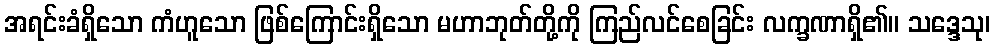
အရင်းခံရှိသော ကံဟူသော ဖြစ်ကြောင်းရှိသော မဟာဘုတ်တို့ကို ကြည်လင်စေခြင်း လက္ခဏာရှိ၏။ သဒ္ဒေသု၊